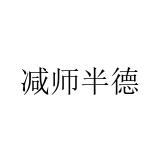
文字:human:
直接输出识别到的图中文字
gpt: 减师半德